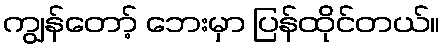
ကျွန်တော့် ဘေးမှာ ပြန်ထိုင်တယ်။